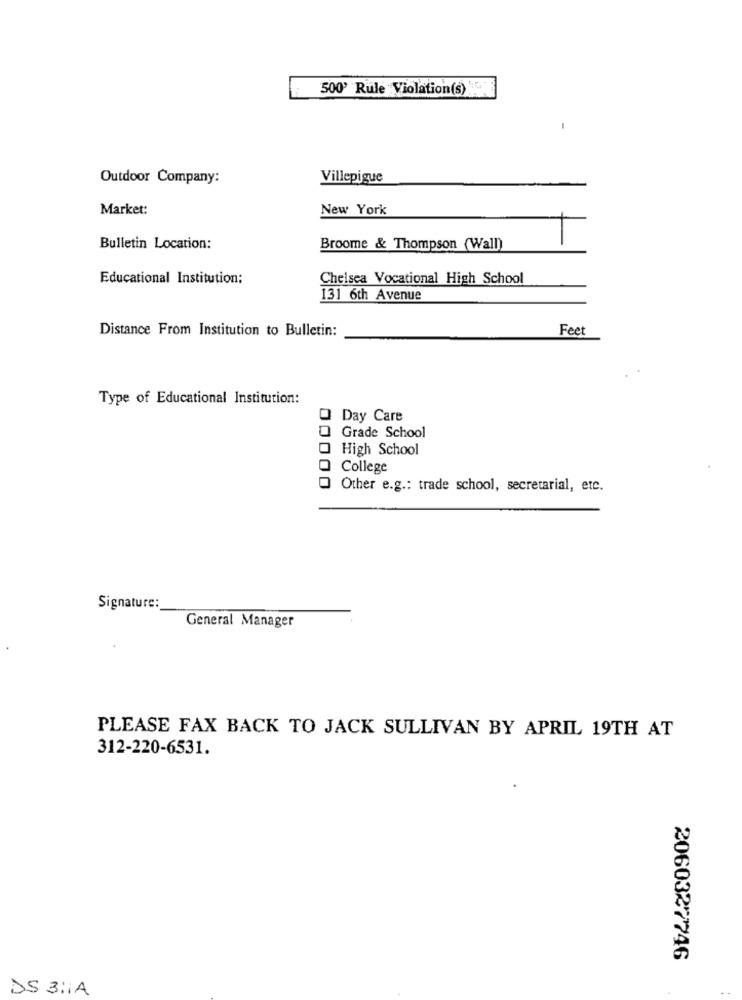
500' Rule Violation(s)
Outdoor Company:
Villepigue
Market:
New York
Bulletin Location:
Broome & Thompson (Wall)
Educational Institution:
Chelsea Vocational High School
131 6th Avenue
Distance From Institution to Bulletin:
Feet
Type of Educational Institution:
Q Day Care
Grade School
High School
College
Other e.g .: trade school, secretarial, etc.
Signature:
General Manager
PLEASE FAX BACK TO JACK SULLIVAN BY APRIL 19TH AT
312-220-6531.
2060327746
DS 3:1A